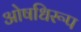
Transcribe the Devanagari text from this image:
ओषधिरूप